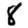
Digit: 8